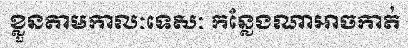
ខ្លួនតាមកាលៈទេសៈ កន្លែងណាអាចកាត់